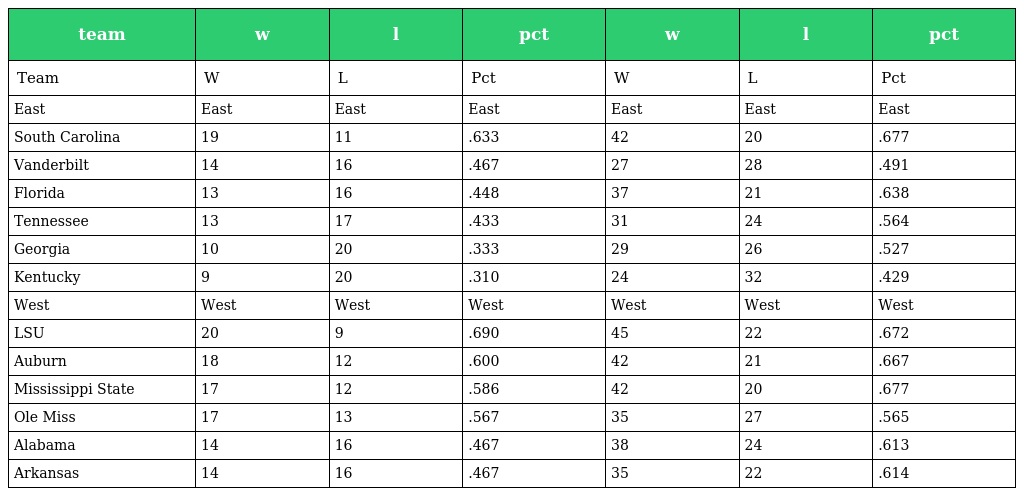
| team | w | l | pct | w | l | pct |
 | --- | --- | --- | --- | --- | --- | --- |
 | Team | W | L | Pct | W | L | Pct |
 | East | East | East | East | East | East | East |
 | South Carolina | 19 | 11 | .633 | 42 | 20 | .677 |
 | Vanderbilt | 14 | 16 | .467 | 27 | 28 | .491 |
 | Florida | 13 | 16 | .448 | 37 | 21 | .638 |
 | Tennessee | 13 | 17 | .433 | 31 | 24 | .564 |
 | Georgia | 10 | 20 | .333 | 29 | 26 | .527 |
 | Kentucky | 9 | 20 | .310 | 24 | 32 | .429 |
 | West | West | West | West | West | West | West |
 | LSU | 20 | 9 | .690 | 45 | 22 | .672 |
 | Auburn | 18 | 12 | .600 | 42 | 21 | .667 |
 | Mississippi State | 17 | 12 | .586 | 42 | 20 | .677 |
 | Ole Miss | 17 | 13 | .567 | 35 | 27 | .565 |
 | Alabama | 14 | 16 | .467 | 38 | 24 | .613 |
 | Arkansas | 14 | 16 | .467 | 35 | 22 | .614 |